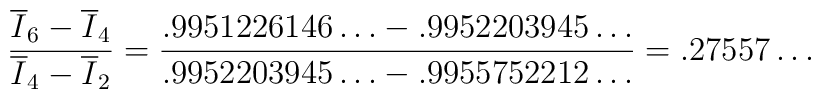
\frac{\overline{I}_6-\overline{I}_4}{\overline{I}_4-\overline{I}_2}={\frac{{.9951226146\ldots -.9952203945\ldots }}{{.9952203945\ldots-.9955752212\ldots }}}=.27557\ldots